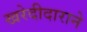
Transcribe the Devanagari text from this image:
खरेदीदाराने